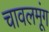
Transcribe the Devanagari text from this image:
चावलमूंग